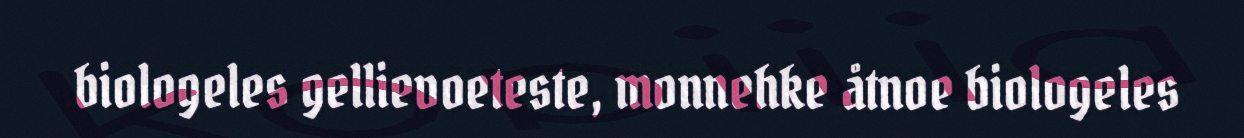
biologeles gellievoeteste, monnehke åtnoe biologeles